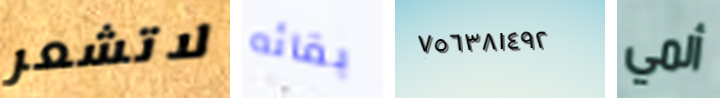
لاتشعر بقائه ٧٥٦٣٨١٤٩٢ ألمي